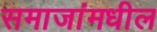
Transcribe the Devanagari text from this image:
समाजांमधील